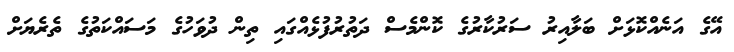
އޭގެ އަނެއްކޮޅަށް ބަލާއިރު ސަރުކާރުގެ ކޮންމެސް ދަތުރުފުޅެއްގައި ތިން ދުވަހުގެ މަސައްކަތުގެ ތެރެޔަށް